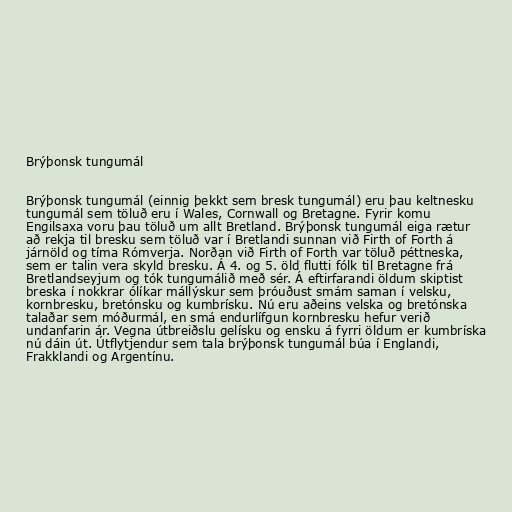
Brýþonsk tungumál

Brýþonsk tungumál (einnig þekkt sem bresk tungumál) eru þau keltnesku
tungumál sem töluð eru í Wales, Cornwall og Bretagne. Fyrir komu
Engilsaxa voru þau töluð um allt Bretland. Brýþonsk tungumál eiga rætur
að rekja til bresku sem töluð var í Bretlandi sunnan við Firth of Forth á
járnöld og tíma Rómverja. Norðan við Firth of Forth var töluð péttneska,
sem er talin vera skyld bresku. Á 4. og 5. öld flutti fólk til Bretagne frá
Bretlandseyjum og tók tungumálið með sér. Á eftirfarandi öldum skiptist
breska í nokkrar ólíkar mállýskur sem þróuðust smám saman í velsku,
kornbresku, bretónsku og kumbrísku. Nú eru aðeins velska og bretónska
talaðar sem móðurmál, en smá endurlífgun kornbresku hefur verið
undanfarin ár. Vegna útbreiðslu gelísku og ensku á fyrri öldum er kumbríska
nú dáin út. Útflytjendur sem tala brýþonsk tungumál búa í Englandi,
Frakklandi og Argentínu.